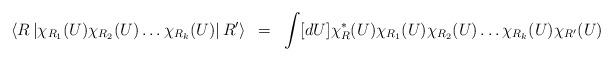
LaTeX: \begin{align*}\left<R\left| \chi_{R_1}(U)\chi_{R_2}(U)\ldots\chi_{R_k}(U)\right|R'\right>~=~\int [dU] \chi^*_R(U)\chi_{R_1}(U)\chi_{R_2}(U)\ldots\chi_{R_k}(U)\chi_{R'}(U)\end{align*}